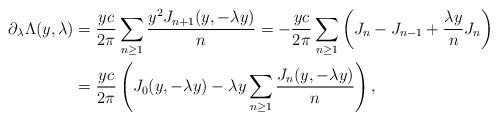
LaTeX: \begin{align*}\partial_\lambda\Lambda(y,\lambda)&= \frac{y c}{2\pi }\sum_{n\geq 1}\dfrac{y^2 J_{n+1}(y,-\lambda y)}{n}=-\frac{y c}{2\pi }\sum_{n\geq 1}\left (J_n-J_{n-1}+\dfrac{\lambda y}{n}J_n\right )\\&=\frac{y c}{2\pi }\left (J_0(y,-\lambda y)-\lambda y\sum_{n\geq 1}\dfrac{J_{n}(y,-\lambda y)}{n}\right ),\end{align*}